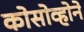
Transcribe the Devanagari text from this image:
कोसोव्होने